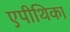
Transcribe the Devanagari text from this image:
एपीथिका